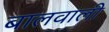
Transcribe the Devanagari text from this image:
बालवाली